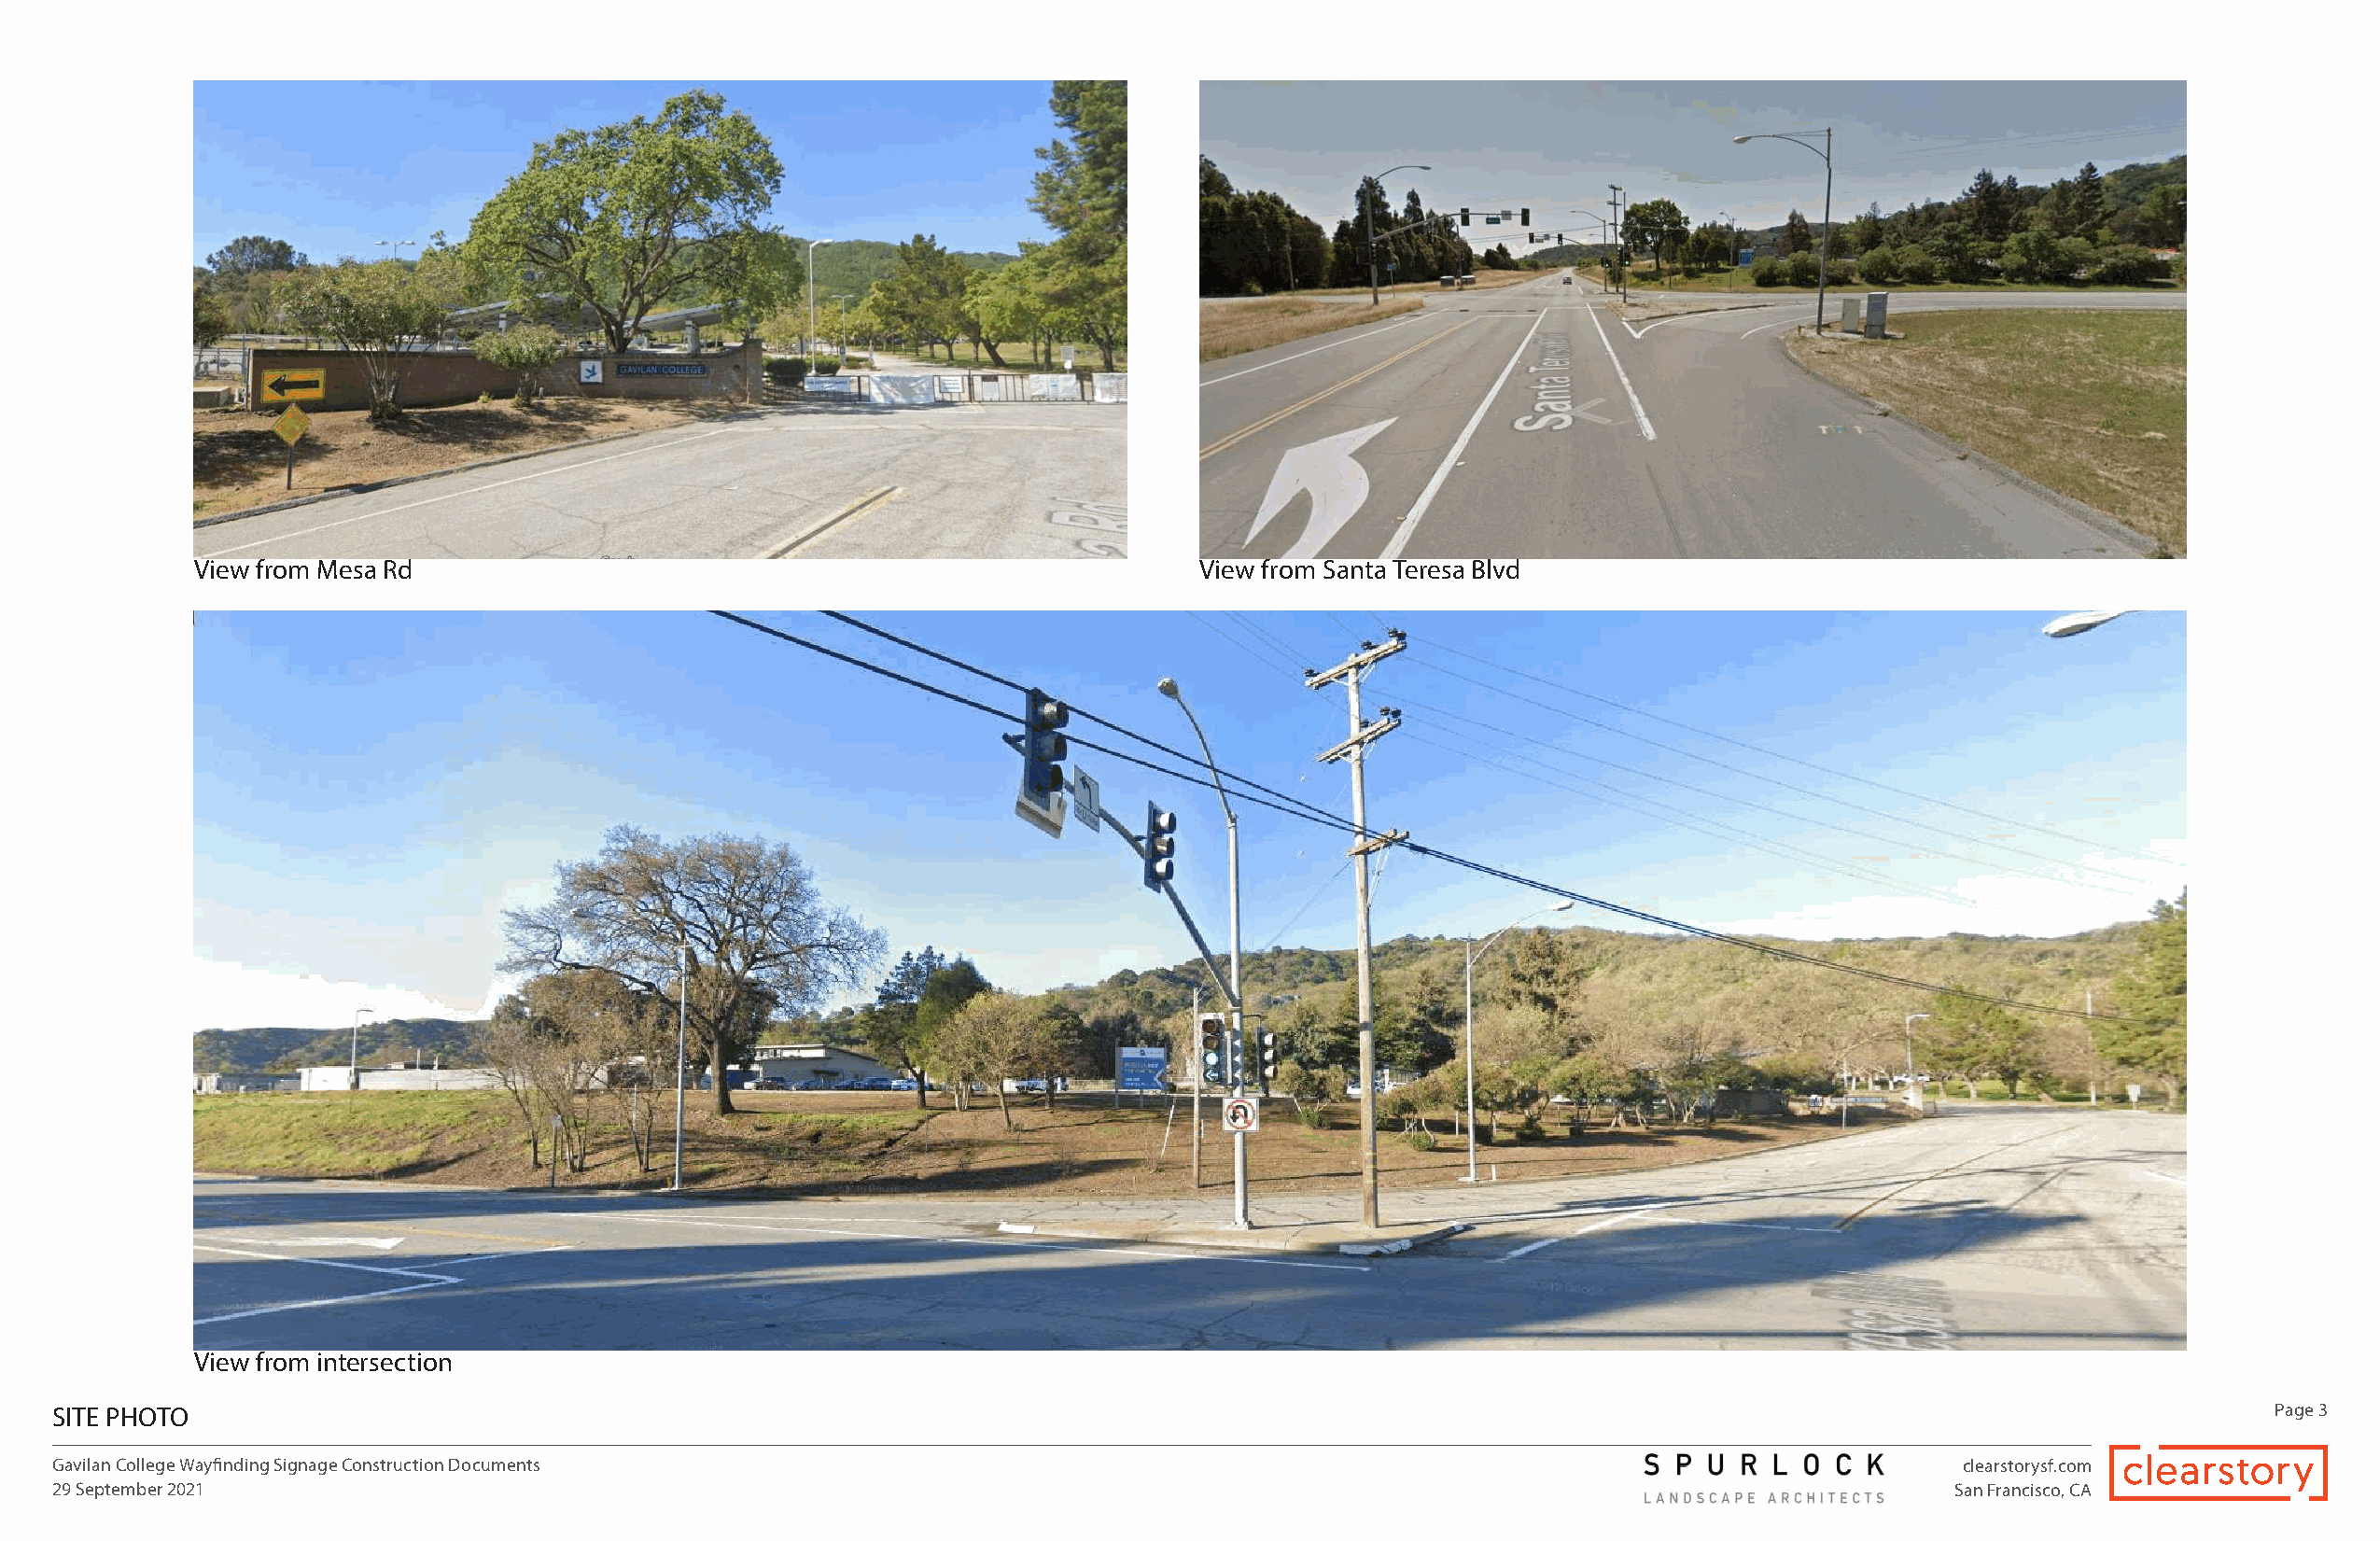
View from Mesa Rd                                                      View from Santa Teresa Blvd
 View from intersection
 SITE PHOTO                                                                                                                                                   Page 3
 Gavilan College Wayfinding Signage Construction Documents                                                                              clearstorysf.com
 29 September 2021                                                                                                                      San Francisco, CA